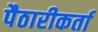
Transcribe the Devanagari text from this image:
पैठारीकर्ता